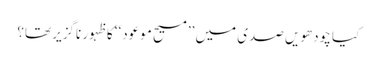
کیا چودھویں صدی میں ’’مسیح موعود‘‘ کا ظہور ناگزیر تھا؟